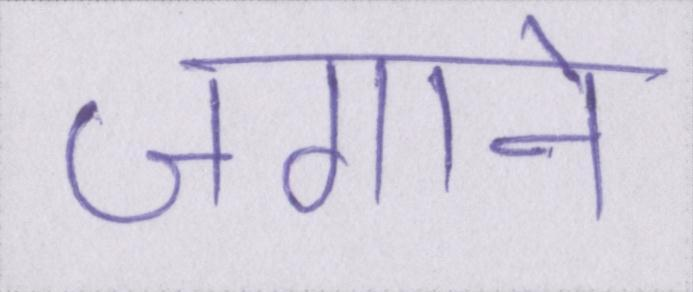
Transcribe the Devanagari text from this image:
जगाने